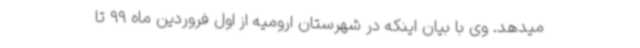
میدهد. وی با بیان اینکه در شهرستان ارومیه از اول فروردین ماه 99 تا